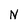
Character: N